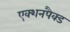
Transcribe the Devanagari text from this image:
एक्शनपैक्ड